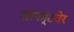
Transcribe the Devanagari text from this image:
सॉफॉ्टवेर